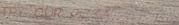
TRY OUR PIZZA